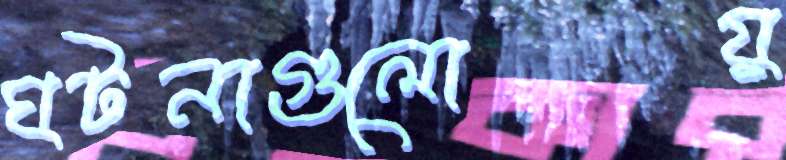
ঘটনাগুলোয়